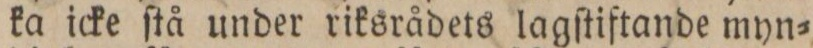
ka icke ſtå under riksrådets lagſtiftande myn=